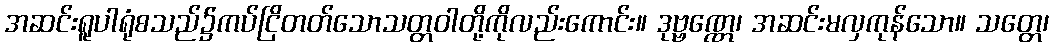
အဆင်းရူပါရုံစသည်၌ကပ်ငြိတတ်သောသတ္တဝါတို့ကိုလည်းကောင်း။ ဒုဗ္ဗဏ္ဏေ၊ အဆင်းမလှကုန်သော။ သတ္တေ၊